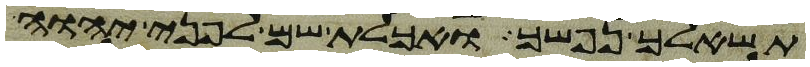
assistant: תשאלך נפשך ואכלת שם לפני יהוה